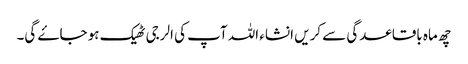
چھ ماہ باقاعدگی سے کریں انشاء اللہ آپ کی الرجی ٹھیک ہو جاۓ گی۔